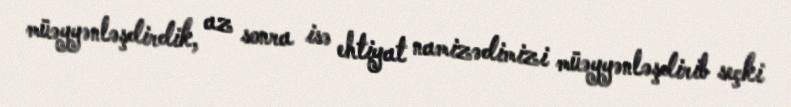
müəyyənləşdirdik, az sonra isə ehtiyat namizədimizi müəyyənləşdirib seçki